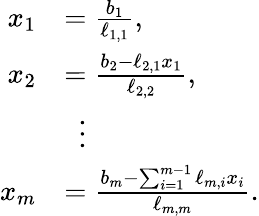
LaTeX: {\begin{array}{rl}{x_{1}}&{={\frac{b_{1}}{\ell_{1,1}}},}\\ {x_{2}}&{={\frac{b_{2}-\ell_{2,1}x_{1}}{\ell_{2,2}}},}\\ &{\ \ \vdots}\\ {x_{m}}&{={\frac{b_{m}-\sum_{i=1}^{m-1}\ell_{m,i}x_{i}}{\ell_{m,m}}}.}\end{array}}